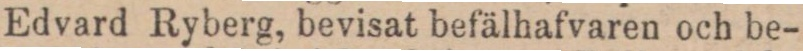
Edvard Ryberg, bevisat befälhafvaren och be-